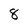
Character: 8